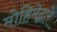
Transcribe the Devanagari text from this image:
मोहिमेद्वारे